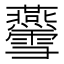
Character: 𤓨